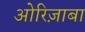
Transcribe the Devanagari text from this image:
ओरिज़ाबा